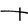
Character: t